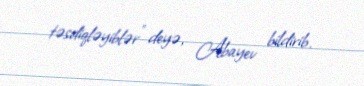
təsdiqləyiblər” deyə, Abayev bildirib.